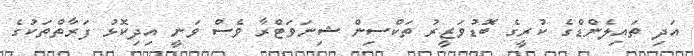
އަދި ތައިލެންޑްގެ ކުރީގެ ބޮޑުވަޒީރު ތަކްސިން ޝިނަވަޓްރާ ވެސް ވަނީ އިދިކޮޅު ފަރާތްތަކުގެ